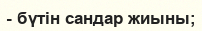
- бүтін сандар жиыны;